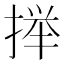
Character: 𫽥